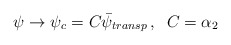
\begin{align*}\psi \rightarrow \psi_{c} = C\bar \psi_{transp}\,,\;\; C =\alpha_{2}\end{align*}